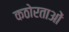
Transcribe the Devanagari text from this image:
कठोरताओं